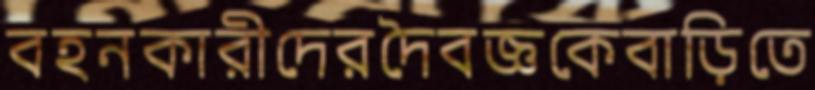
বহনকারীদেরদৈবজ্ঞকেবাড়িতে